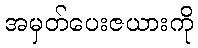
အမှတ်ပေးဇယားကို